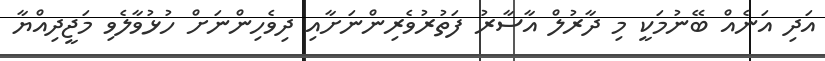
އަދި އަނެއް ބޭނުމަކީ މި ދާރުލް އާސާރު ފަތުރުވެރިންނަށާއި ދިވެހިންނަށް ހުޅުވާލެވި މަޖީދިއްޔާ